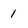
Character: 1